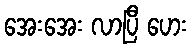
အေးအေး လာပြီ ဟေး